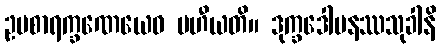
ဥပစာရက္ခဏေယေဝ ပဟီယတိ။ ဒုက္ခဒေါမနဿသုခါနိ